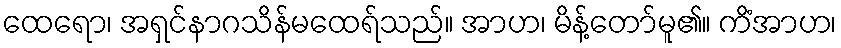
ထေရော၊ အရှင်နာဂသိန်မထေရ်သည်။ အာဟ၊ မိန့်တော်မူ၏။ ကိံအာဟ၊